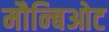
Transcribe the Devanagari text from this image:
मौन्बिओट